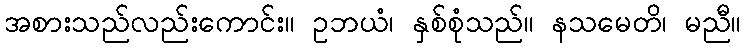
အစားသည်လည်းကောင်း။ ဥဘယံ၊ နှစ်စုံသည်။ နသမေတိ၊ မညီ။